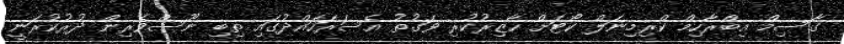
ގާސިމް އިބްރާހިމް ކްރިމިނަލް ކޯޓަށް ހާޒިރުކުރި ވަގުތު އެސަރަހައްދުގައި ތިބި ނޫސްވެރިން ދުރުކުރަނީ